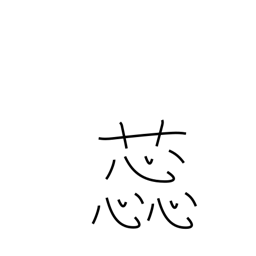
Meaning: stamen